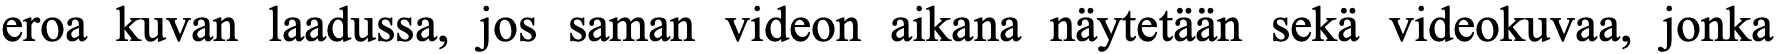
eroa kuvan laadussa, jos saman videon aikana näytetään sekä videokuvaa, jonka